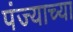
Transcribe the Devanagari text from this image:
पंज्याच्या